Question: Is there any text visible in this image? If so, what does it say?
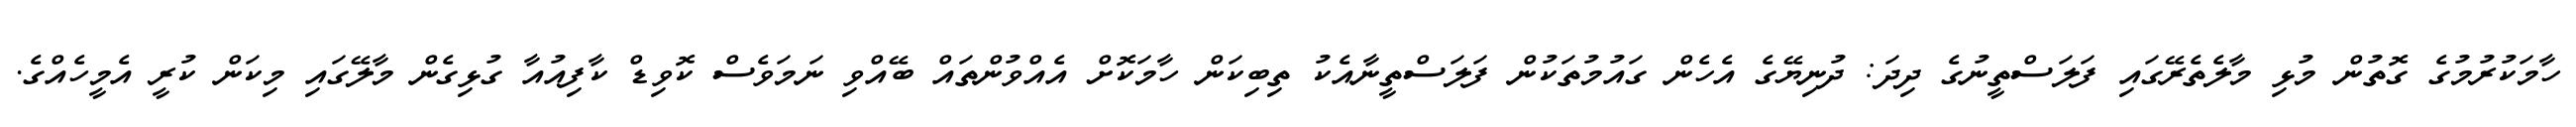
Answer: ހާމަކުރުމުގެ ގޮތުން މުޅި މާލެތެރޭގައި ފަލަސްތީނުގެ ދިދަ: ދުނިޔޭގެ އެހެން ގައުމުތަކުން ފަލަސްތީނާއެކު ތިބިކަން ހާމަކޮށް އެއްވުންތައް ބޭއްވި ނަމަވެސް ކޮވިޑް ކާފިއުއާ ގުޅިގެން މާލޭގައި މިކަން ކުރީ އެމީހެއްގެ.